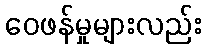
ဝေဖန်မှုများလည်း